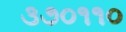
૩૭૦૧૧૦